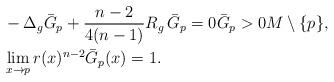
LaTeX: \begin{align*}&-\Delta_g \bar G_p + \frac{n-2}{4(n-1)}R_g\,\bar G_p = 0 \bar G_p > 0 M \setminus \{p\},\\&\lim_{x \rightarrow p} r(x)^{n-2} \bar G_p(x) = 1.\end{align*}